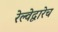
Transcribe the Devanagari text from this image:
रेल्वेद्वारेच